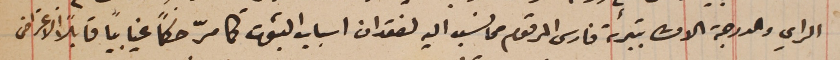
الراي والدرجة الاولى بتبرئة فارس المرقوم مما نسب اليه لفقدان اسباب الثبوت كما مرّ حكماً غيابياً قابلاً الاعتراض